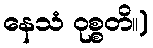
နေသံ ဝုစ္စတိ။)